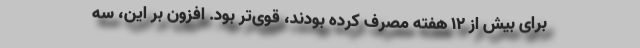
برای بیش از 12 هفته مصرف کرده بودند، قوی‌تر بود. افزون بر این، سه